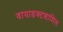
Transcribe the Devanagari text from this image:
वायाडक्टशामिल